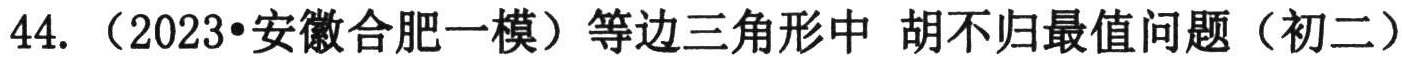
44.（2023•安徽合肥一模）等边三角形中 胡不归最值问题（初二）